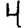
Digit: 4